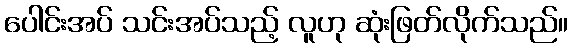
ပေါင်းအပ် သင်းအပ်သည့် လူဟု ဆုံးဖြတ်လိုက်သည်။